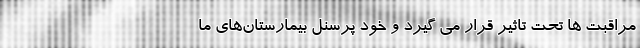
مراقبت‌ ها تحت تاثیر قرار می ‌گیرد و خود پرسنل بیمارستان‌‌‌های ما